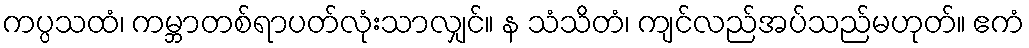
ကပ္ပသထံ၊ ကမ္ဘာတစ်ရာပတ်လုံးသာလျှင်။ န သံသိတံ၊ ကျင်လည်အပ်သည်မဟုတ်။ ဧကံ